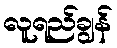
လူရည်ချွန်